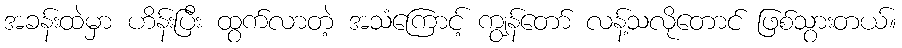
အခန်းထဲမှာ ဟိန်းပြီး ထွက်လာတဲ့ အသံကြောင့် ကျွန်တော် လန့်သလိုတောင် ဖြစ်သွားတယ်။